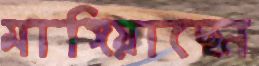
মাঙ্গিয়াছেন